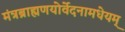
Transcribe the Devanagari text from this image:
मंत्रब्राह्मणयोर्वेदनामधेयम्